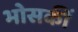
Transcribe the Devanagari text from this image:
भोसकीं